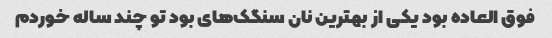
فوق العاده بود یکی از بهترین نان سنگک‌های بود تو چند ساله خوردم